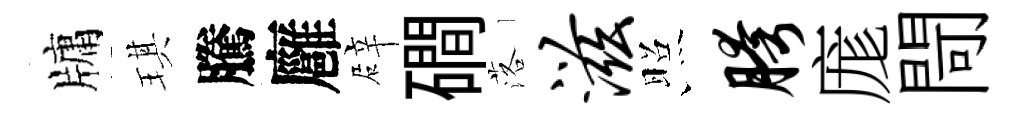
牗琪騰廱辟磵落滋照胯庬閜